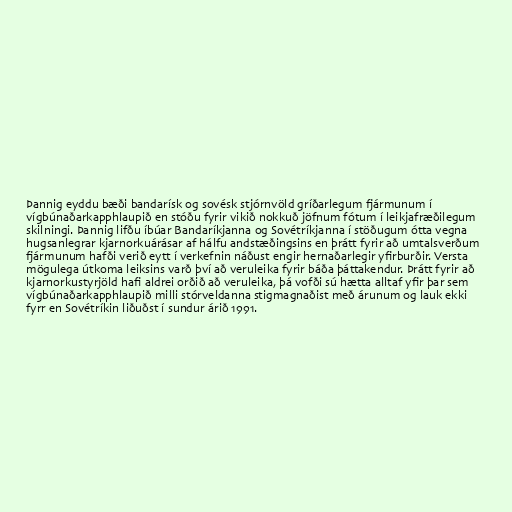
Þannig eyddu bæði bandarísk og sovésk stjórnvöld gríðarlegum fjármunum í
vígbúnaðarkapphlaupið en stóðu fyrir vikið nokkuð jöfnum fótum í leikjafræðilegum
skilningi. Þannig lifðu íbúar Bandaríkjanna og Sovétríkjanna í stöðugum ótta vegna
hugsanlegrar kjarnorkuárásar af hálfu andstæðingsins en þrátt fyrir að umtalsverðum
fjármunum hafði verið eytt í verkefnin náðust engir hernaðarlegir yfirburðir. Versta
mögulega útkoma leiksins varð því að veruleika fyrir báða þáttakendur. Þrátt fyrir að
kjarnorkustyrjöld hafi aldrei orðið að veruleika, þá vofði sú hætta alltaf yfir þar sem
vígbúnaðarkapphlaupið milli stórveldanna stigmagnaðist með árunum og lauk ekki
fyrr en Sovétríkin liðuðst í sundur árið 1991.